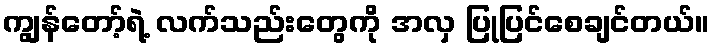
ကျွန်တော့်ရဲ့ လက်သည်းတွေကို အလှ ပြုပြင်စေချင်တယ်။